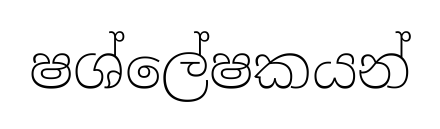
ෂශ්ලේෂකයන්